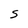
Character: S